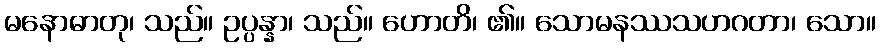
မနောဓာတု၊ သည်။ ဥပ္ပန္နာ၊ သည်။ ဟောတိ၊ ၏။ သောမနဿသဟဂတာ၊ သော။